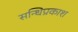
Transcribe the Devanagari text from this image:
सन्धिप्रकाश